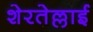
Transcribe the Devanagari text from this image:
शेरतेल्लाई